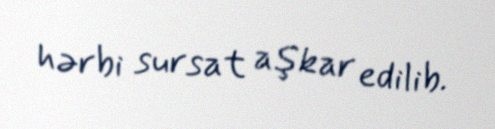
hərbi sursat aşkar edilib.